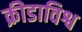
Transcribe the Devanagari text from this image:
क्रीडाविश्व